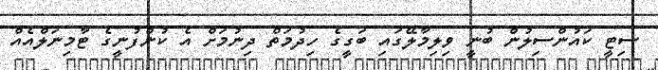
ސިޓީ ކައުންސިލުން ބުނީ ވިލިމާލޭގައި ބަގީގެ ހިދުމަތް ދިނުމަށް އެ ކުންފުނީގެ ޓާމިނަލްއެއް